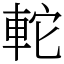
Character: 䡐